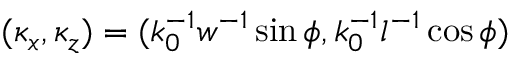
( \kappa _ { x } , \kappa _ { z } ) = ( k _ { 0 } ^ { - 1 } w ^ { - 1 } \sin \phi , k _ { 0 } ^ { - 1 } l ^ { - 1 } \cos \phi )